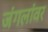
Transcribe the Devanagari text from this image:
जंगलांवर